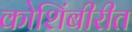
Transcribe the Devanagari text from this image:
कोशिंबीरीत